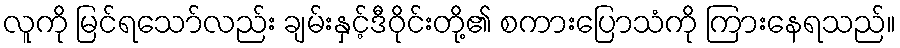
လူကို မြင်ရသော်လည်း ချမ်းနှင့်ဒီဝိုင်းတို့၏ စကားပြောသံကို ကြားနေရသည်။